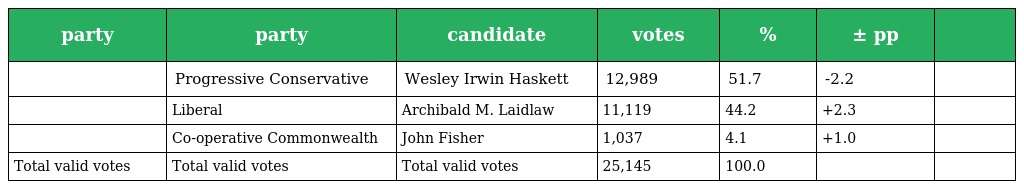
| party | party | candidate | votes | % | ± pp |  |
 | --- | --- | --- | --- | --- | --- | --- |
 |  | Progressive Conservative | Wesley Irwin Haskett | 12,989 | 51.7 | -2.2 |  |
 |  | Liberal | Archibald M. Laidlaw | 11,119 | 44.2 | +2.3 |  |
 |  | Co-operative Commonwealth | John Fisher | 1,037 | 4.1 | +1.0 |  |
 | Total valid votes | Total valid votes | Total valid votes | 25,145 | 100.0 |  |  |